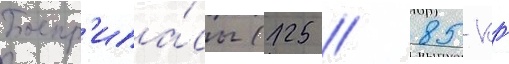
Боепр'ипа́сы (125 / 85-кг